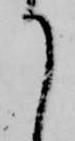
て